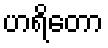
ဟရိတော